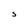
Character: s